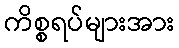
ကိစ္စရပ်များအား